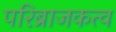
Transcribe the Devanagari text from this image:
परिब्राजकत्व